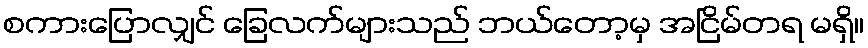
စကားပြောလျှင် ခြေလက်များသည် ဘယ်တော့မှ အငြိမ်တရ မရှိ။